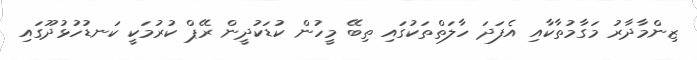
ޒިންމާދާރު މަގާމުތާކާއި އެފަދަ ހާލަތްތަކުގައި ތިބޭ މީހުން ކުޑަކުދީން ރޭޕް ކުރުމަކީ ކަނޑުހުޅުދޫގައި